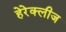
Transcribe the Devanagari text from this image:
हेरेक्लीज